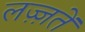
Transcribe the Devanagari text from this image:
लज़्ज़तें